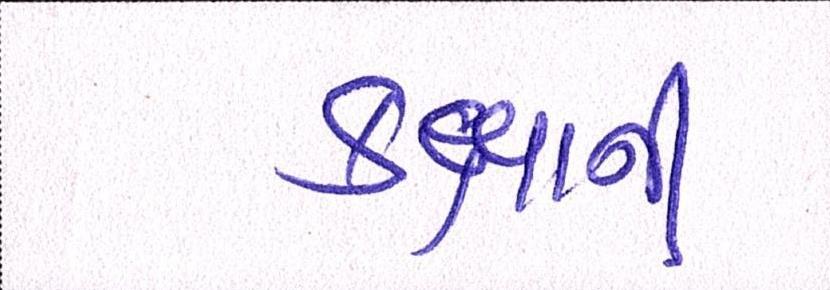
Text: કક્ષાની